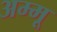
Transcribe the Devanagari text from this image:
अम्मू